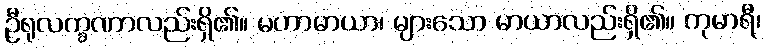
ဦရုလက္ခဏာလည်းရှိ၏။ မဟာမာယာ၊ များသော မာယာလည်းရှိ၏။ ကုမာရီ၊